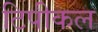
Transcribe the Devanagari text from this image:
टिपीकल